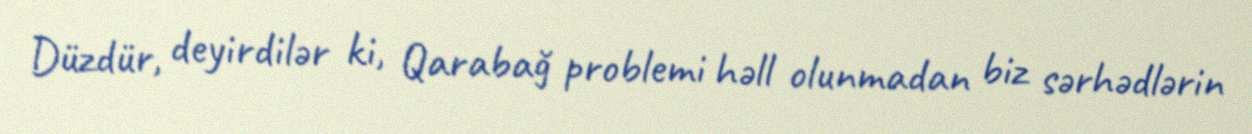
Düzdür, deyirdilər ki, Qarabağ problemi həll olunmadan biz sərhədlərin